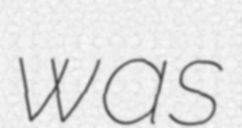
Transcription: was